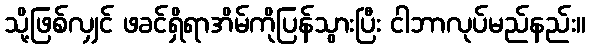
သို့ဖြစ်လျှင် ဖခင်ရှိရာအိမ်ကိုပြန်သွားပြီး ငါဘာလုပ်မည်နည်း။